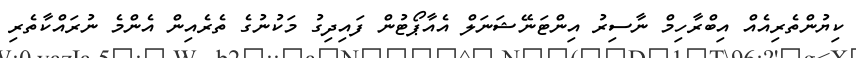
ކިޔުންތެރިއެއް އިބްރާހިމް ނާސިރު އިންޓަނޭޝަނަލް އެއާޕޯޓުން ފައިދިގު މަކުނުގެ ތެރެއިން އެންމެ ނުރައްކާތެރި